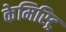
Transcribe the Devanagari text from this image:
केमिस्ट्रि